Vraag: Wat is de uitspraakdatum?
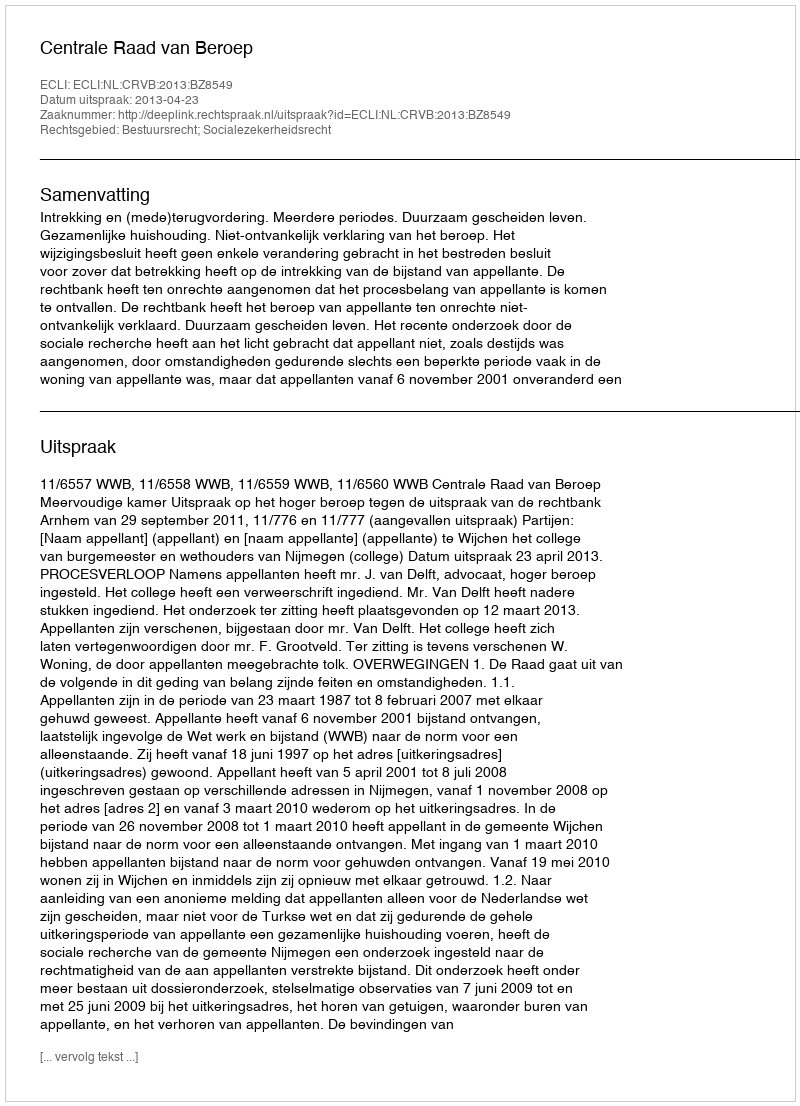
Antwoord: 2013-04-23